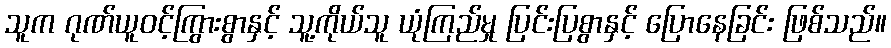
သူက ဂုဏ်ယူဝင့်ကြွားစွာနှင့် သူ့ကိုယ်သူ ယုံကြည်မှု ပြင်းပြစွာနှင့် ပြောနေခြင်း ဖြစ်သည်။